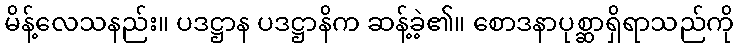
မိန့်လေသနည်း။ ပဒဋ္ဌာန ပဒဋ္ဌာနိက ဆန့်ခဲ့၏။ စောဒနာပုစ္ဆာရှိရာသည်ကို